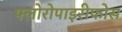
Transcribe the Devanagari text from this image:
फ्लोरोपाइरीफोस